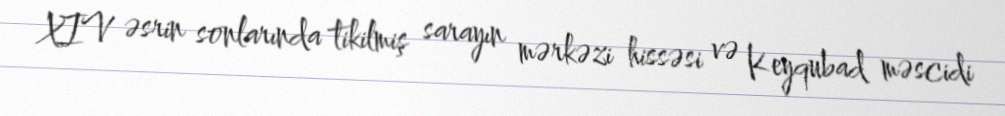
XIV əsrin sonlarında tikilmiş sarayın mərkəzi hissəsi və Keyqubad məscidi